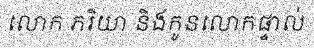
លោក ភរិយា និងកូនលោកផ្ទាល់